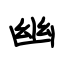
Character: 幽